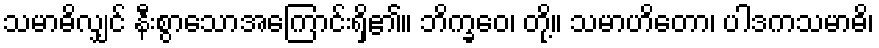
သမာဓိလျှင် နီးစွာသောအကြောင်းရှိ၏။ ဘိက္ခဝေ၊ တို့။ သမာဟိတော၊ ပါဒကသမာဓိ၊